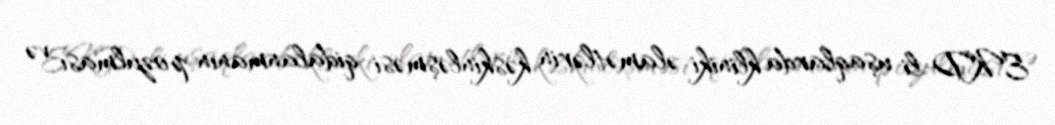
EKD-li uşaqlarda kliniki əlamətlərin kəskinləşməsi qidalanmanın pozulması və